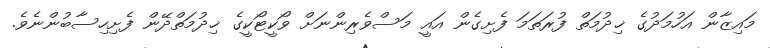
މައިޒާން އަހުމަދުގެ ޚިދުމަތް ފުރަތަމަ ފެށިގެން އައީ މަސްވެރިންނަށް ވޯކީޓޯކީގެ ޚިދުމަތްދޭން ފެށިހިސާބުންނެވެ.